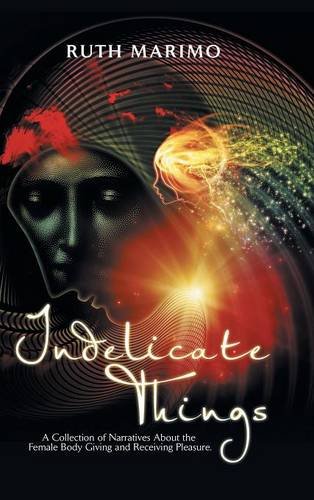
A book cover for Indelicate Things: A Collection of Narratives About the Female Body Giving and Receiving Pleasure.; Ruth Marimo; Gay & Lesbian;